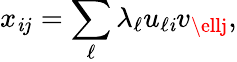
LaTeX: x_{\mathit{i}j}=\sum_{\ell}\lambda_{\ell}u_{\ell\mathit{i}}v_{\ellj},